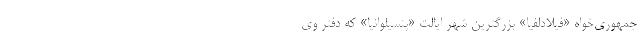
جمهوری‌خواه «فیلادلفیا» بزرگترین شهر ایالت «پنسیلوانیا» که دفتر وی